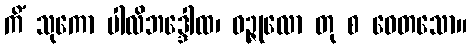
ကိံ သုကော ပါလိဘဒ္ဒေါထ၊ ဝဉ္ဇုလော တု စ ဝေတသော။